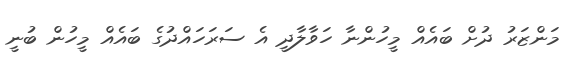
މަންޒަރު ދުށް ބައެއް މީހުންނާ ހަވާލާދީ އެ ސަރަހައްދުގެ ބައެއް މީހުން ބުނީ